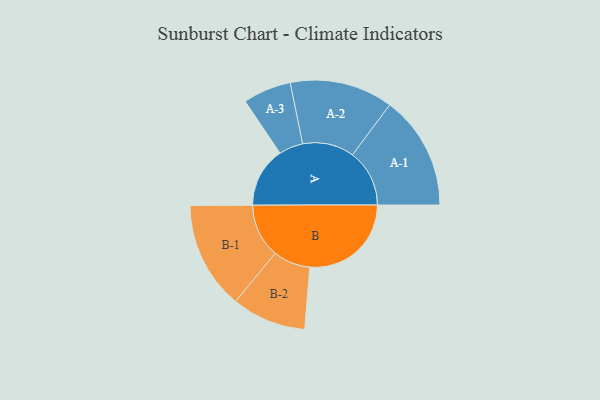
{"axis": {"x": "Segment", "y": "Value"}, "legend": ["", "A", "B"], "data": [{"x": "A", "y": 267, "type": ""}, {"x": "B", "y": 450, "type": ""}, {"x": "A-1", "y": 253, "type": "A"}, {"x": "A-2", "y": 229, "type": "A"}, {"x": "A-3", "y": 107, "type": "A"}, {"x": "B-1", "y": 239, "type": "B"}, {"x": "B-2", "y": 165, "type": "B"}]}